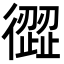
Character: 𢕬